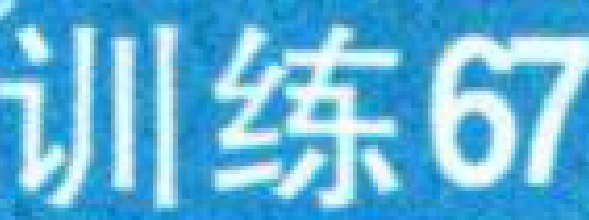
训练67